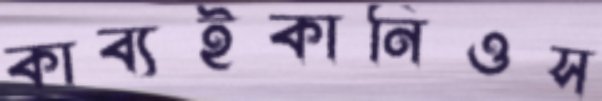
কাব্যইকানিওস